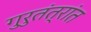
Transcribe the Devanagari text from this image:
गुरुतंत्रांत